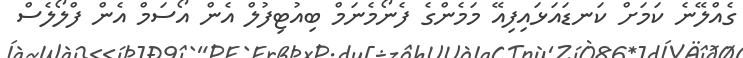
ގެއްލޭނެ ކަމަށް ކަނޑައަޅައިފިއޭ މަމެންގެ ފެނޯމެނަމް ބިއުޓިފުލް އެން އޯސަމް އެން ފްލޯލެސް